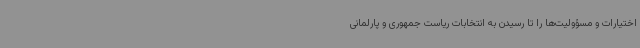
اختیارات و مسؤولیت‌ها را تا رسیدن به انتخابات ریاست جمهوری و پارلمانی